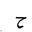
Letter: _ha